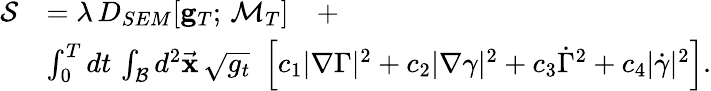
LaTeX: \begin{array}{rl}{\mathcal{S}}&{=\lambda\, D_{SEM}[{\mathbf g}_{T};\, \mathcal{M}_{T}]\quad+}\\ &{\int_{0}^{T}dt\, \int_{\mathcal{B}}d^{2}\vec{\mathbf x}\, \sqrt{g_{t}}\, \, \left[c_{1}|\nabla{\Gamma}|^{2}+c_{2}|\nabla\gamma|^{2}+c_{3}\dot{\Gamma}^{2}+c_{4}|\dot{\gamma}|^{2}\right].}\end{array}